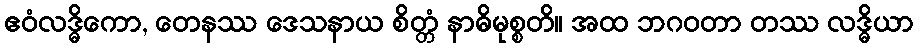
ဧဝံလဒ္ဓိကော, တေနဿ ဒေသနာယ စိတ္တံ နာဓိမုစ္စတိ။ အထ ဘဂဝတာ တဿ လဒ္ဓိယာ